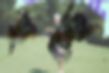
হচ্ছে